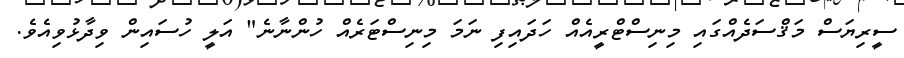
ސީރިޔަސް މަޤްސަދެއްގައި މިނިސްޓްރީއެއް ހަދައިފި ނަމަ މިނިސްޓަރެއް ހުންނާނެ" އަލީ ހުސައިން ވިދާޅުވިއެވެ.